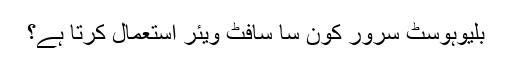
بلیوہوسٹ سرور کون سا سافٹ ویئر استعمال کرتا ہے؟